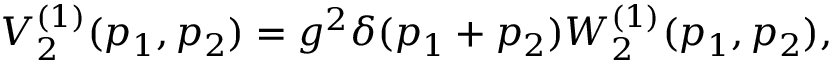
V _ { 2 } ^ { ( 1 ) } ( p _ { 1 } , p _ { 2 } ) = g ^ { 2 } \delta ( p _ { 1 } + p _ { 2 } ) W _ { 2 } ^ { ( 1 ) } ( p _ { 1 } , p _ { 2 } ) ,